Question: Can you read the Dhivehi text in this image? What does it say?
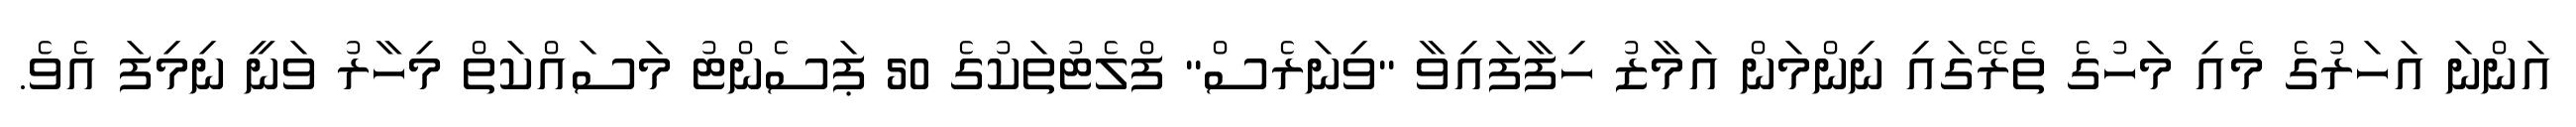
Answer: އަންނަ އަހަރުގެ މެއި މަހުގެ ތެރޭގައި ނިންމަން އަމާޒު ހިފާފައިވާ "ވިނަރެސް" ފްލެޓުތަކުގެ 50 ޕަސެންޓު މަސައްކަތް މިހާރު ވަނީ ނިމިފަ އެވެ.